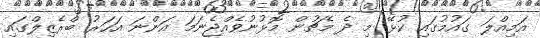
އަމިއްލަ ގައުމުގައި ކުޅޭ މި ދެ މެޗުން މޮޅުނުވެއްޖެނަމަ އަންނަ އަހަރު ބްރެޒިލްގައި